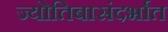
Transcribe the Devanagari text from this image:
ज्योतिबासंदर्भात